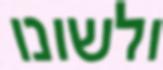
ולשונו